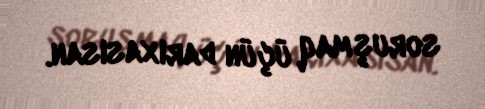
soruşmaq üçün darıxasısan.